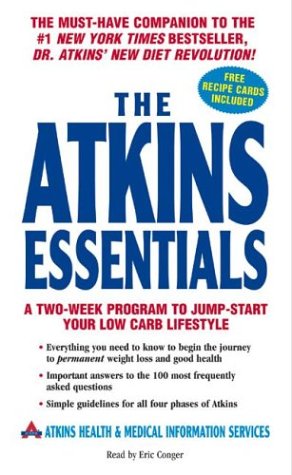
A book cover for The Atkins Essentials; Atkins Health & Medical Information Serv; Health, Fitness & Dieting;